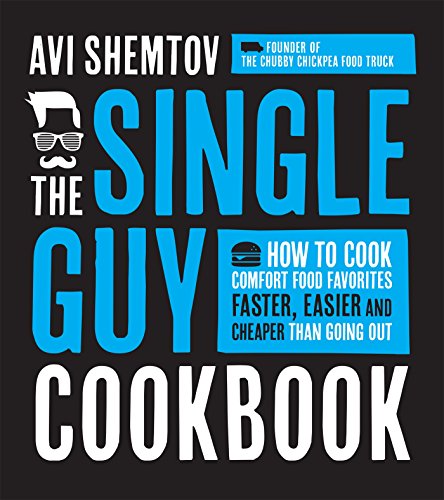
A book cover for The Single Guy Cookbook: How to Cook Comfort Food Favorites Faster, Easier and Cheaper than Going Out; Avi Shemtov; Cookbooks, Food & Wine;